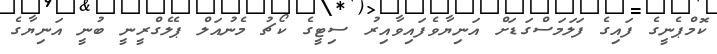
ކޮމްޕެނީގެ ފައިގެ ފަލަމަސްގަޑަށް އަނިޔާވެފައިވާއިރު ސިޓީގެ ކޯޗު މެނުއަލް ޕެލެގްރީނީ ބުނީ އަނިޔާގެ